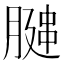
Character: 𫆩